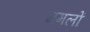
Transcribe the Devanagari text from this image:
ममलों